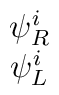
\begin{array}{c}\psi^i_R\\\psi^i_L\end{array}